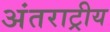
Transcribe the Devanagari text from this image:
अंतराट्रीय